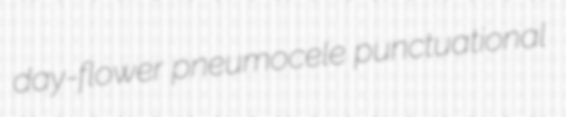
day-flower pneumocele punctuational